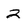
Character: 2